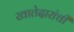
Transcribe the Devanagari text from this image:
खातेदारांची